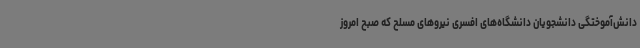
دانش‌آموختگی دانشجویان دانشگاه‌های افسری نیروهای مسلح که صبح امروز